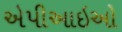
એપીઆઇઓ